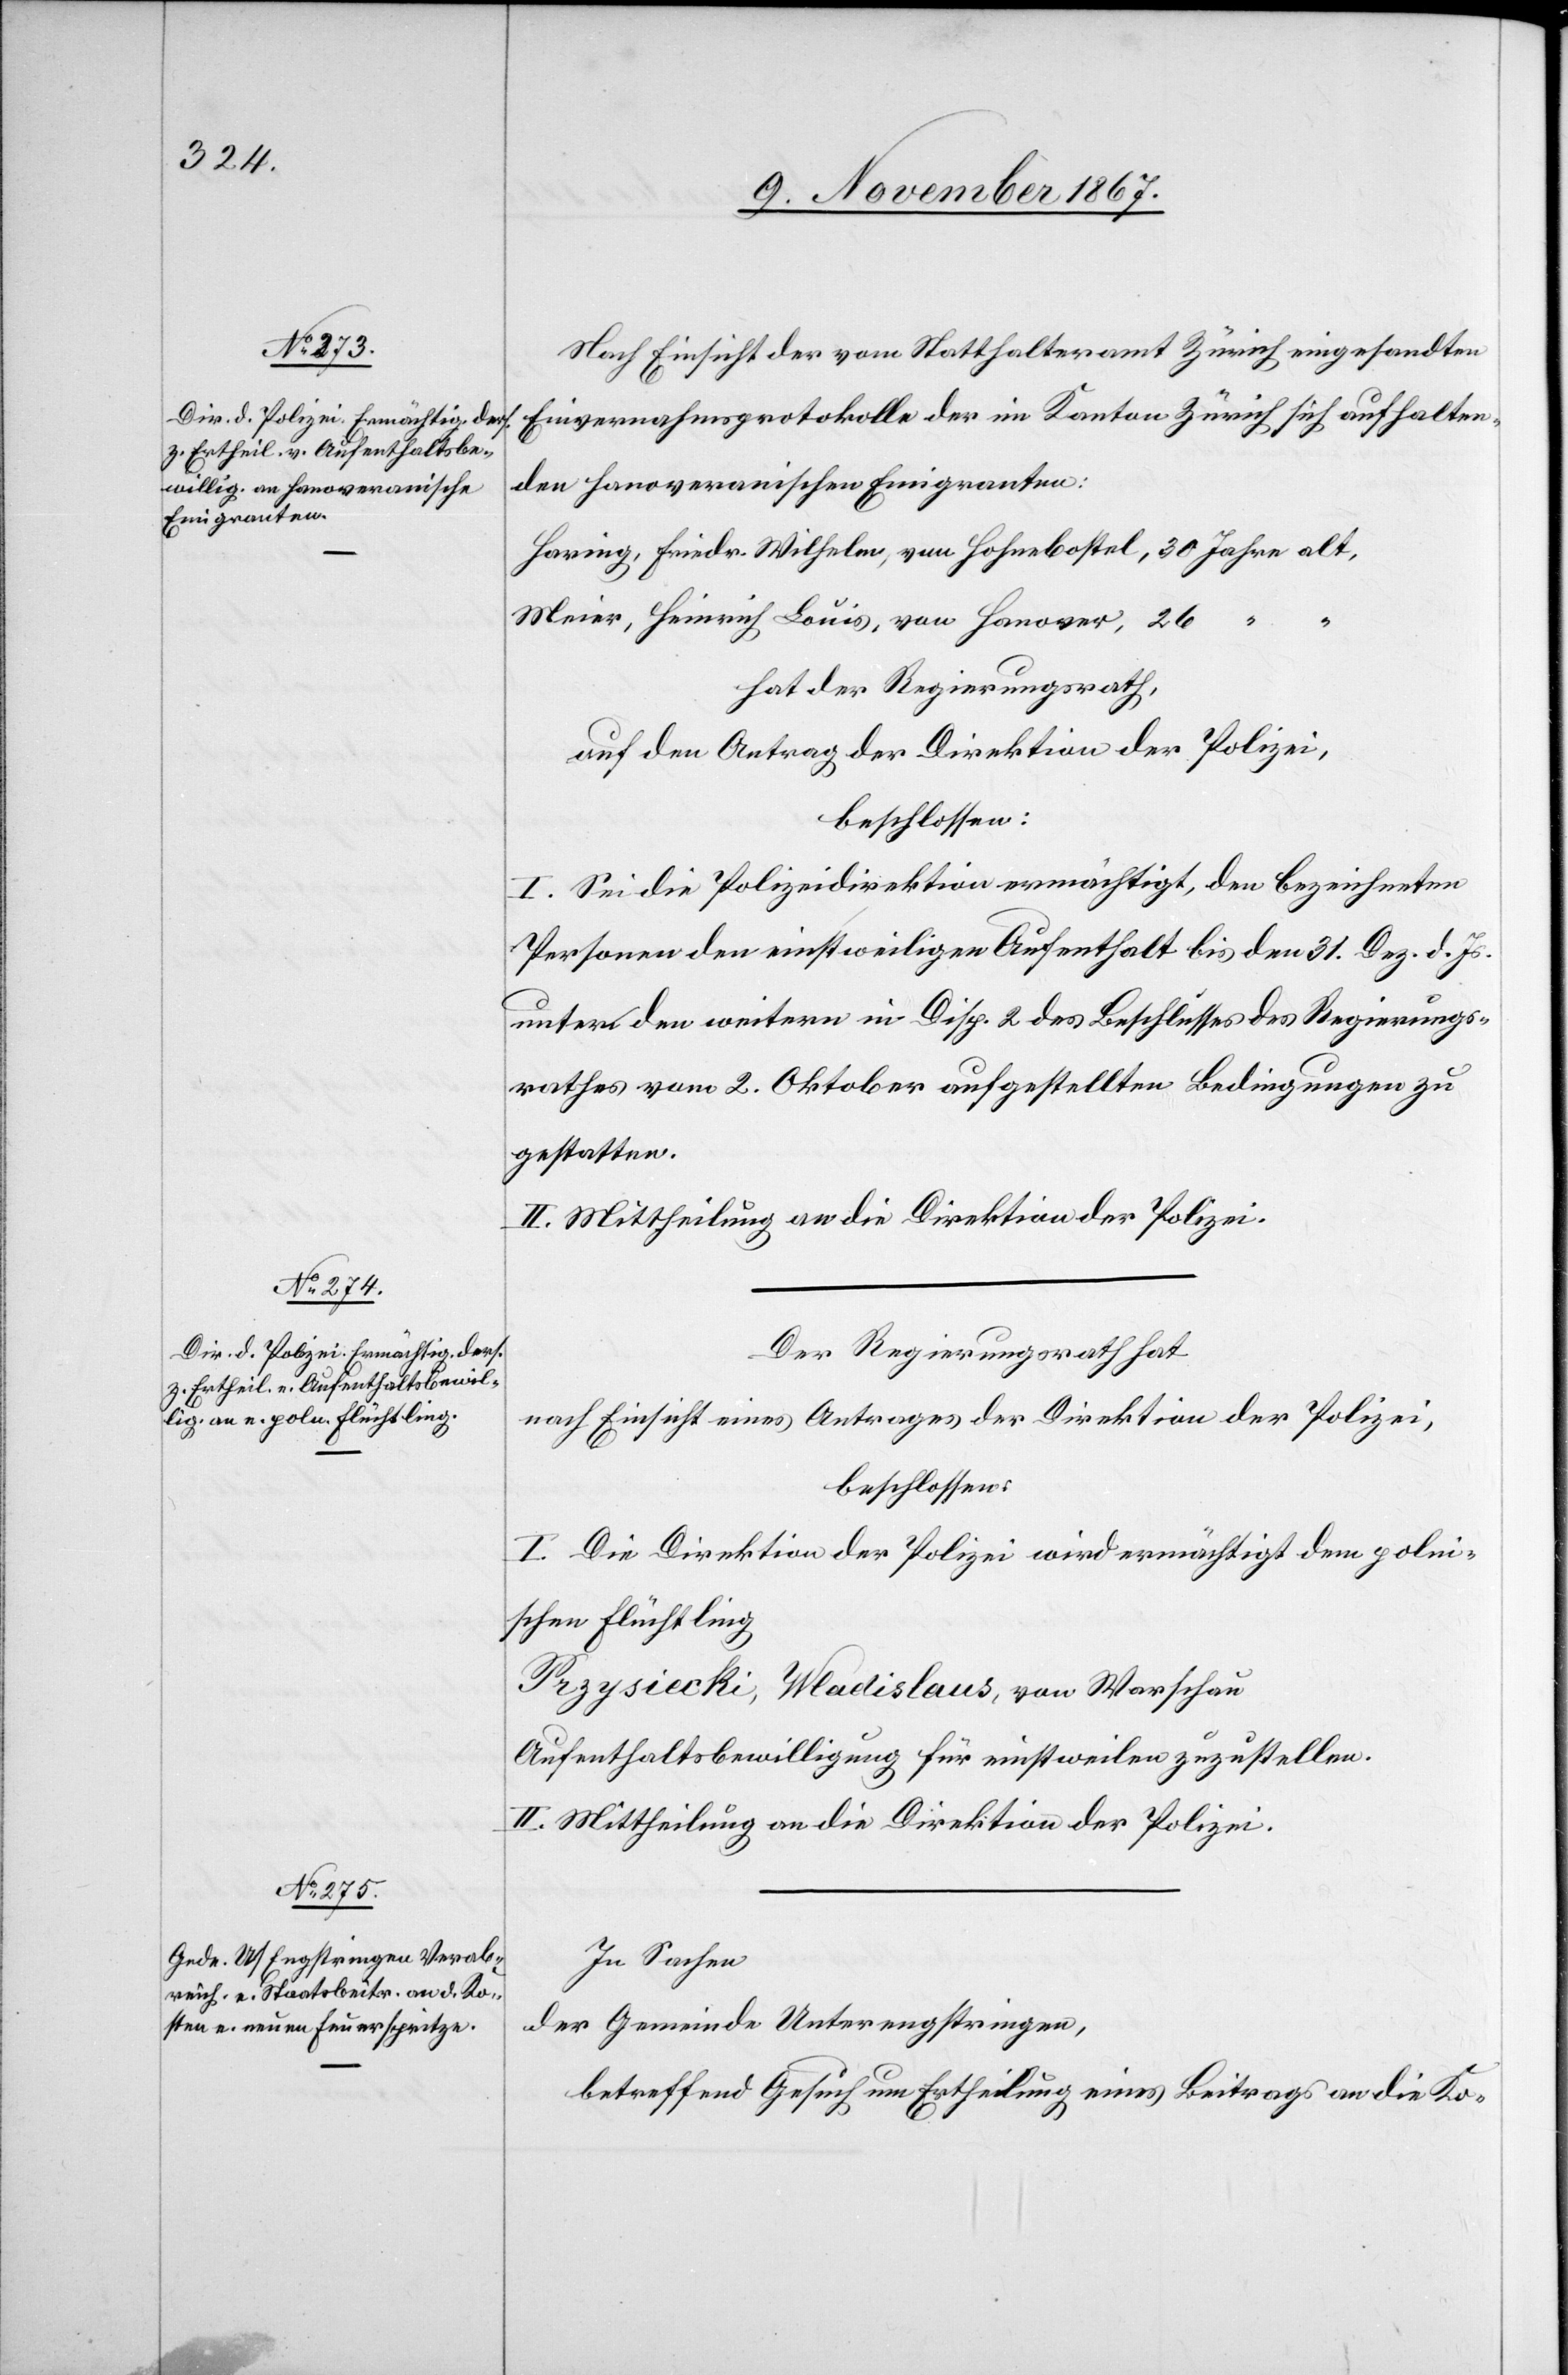
Nach Einsicht der vom Statthalteramt Zürich eingesandten
Einvernahmsprotokolle der im Kanton Zürich sich aufhalten¬
den hanoveranischen Emigranten:
Haring, Friedr. Wilhelm, von Hohenbostel, 30 Jahre alt,
Meier, Heinrich Louis, von Hanover, 26
hat der Regierungsrath,
auf den Antrag der Direktion der Polizei,
beschlossen:
I. Sei die Polizeidirektion ermächtigt, den bezeichneten
Personen den einstweiligen Aufenthalt bis den 31. Dez. d. Js.
unter den weitern in Disp. 2 des Beschlusses des Regierungs¬
rathes vom 2. Oktober aufgestellten Bedingungen zu
gestatten.
II. Mittheilung an die Direktion der Polizei.
Der Regierungsrath hat,
nach Einsicht eines Antrages der Direktion der Polizei;
beschlossen:
I. Die Direktion der Polizei wird ermächtigt dem polni¬
schen Flüchtling
Prysiecki, Wadislaus, von Warschau
Aufenthaltsbewilligung für einstweilen zuzustellen.
II. Mittheilung an die Direktion der Polizei.
In Sachen
der Gemeinde Unterengstringen,
betreffend Gesuch um Ertheilung eines Beitrages an die Ko-